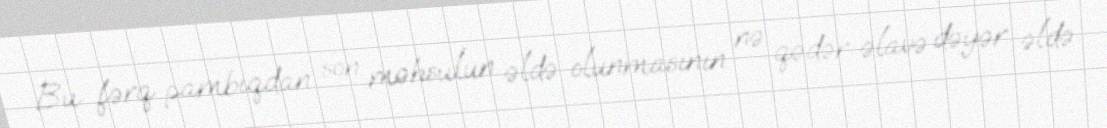
Bu fərq pambıqdan son məhsulun əldə olunmasının nə qədər əlavə dəyər əldə